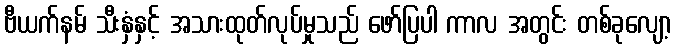
ဗီယက်နမ် သီးနှံနှင့် အသားထုတ်လုပ်မှုသည် ဖော်ပြပါ ကာလ အတွင်း တစ်ခုလျော့